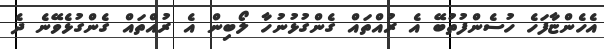
އެހެންޏާފަހެ ހުސެންފުތުބޭ އެ ރުއްތައް ގެންގުޅުނުހާ ލޯބިން އެ ރުއްތައް ގެންގުޅެވޭނެ ދެ